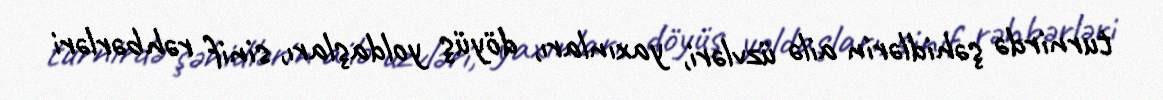
turnirdə şəhidlərin ailə üzvləri, yaxınları, döyüş yoldaşları, sinif rəhbərləri